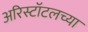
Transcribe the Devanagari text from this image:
अरिस्टॉटलच्या